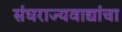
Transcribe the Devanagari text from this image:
संघराज्यवाद्यांचा